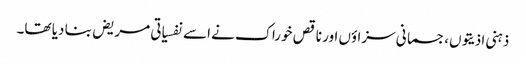
ذہنی اذیتوں،جسمانی سزاؤں اور ناقص خوراک نے اسے نفسیاتی مریض بنا دیا تھا۔